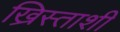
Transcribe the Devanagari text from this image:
ख्रिस्ताशी